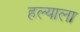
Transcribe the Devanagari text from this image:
हल्याला